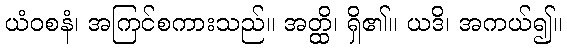
ယံဝစနံ၊ အကြင်စကားသည်။ အတ္ထိ၊ ရှိ၏။ ယဒိ၊ အကယ်၍။